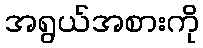
အရွယ်အစားကို